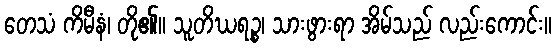
တေသံ ကိမီနံ၊ တို၏။ သူတိဃရဉ္စ၊ သားဖွားရာ အိမ်သည် လည်းကောင်း။